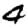
Digit: 4